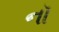
નૉ